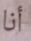
أنا